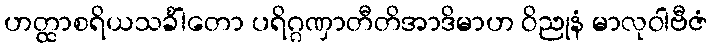
ဟတ္ထာစရိယသင်္ခါတော ပရိဂ္ဂဏှာတီတိအာဒိမာဟ ဝိညုနံ မာလုဝါဗီဇံ